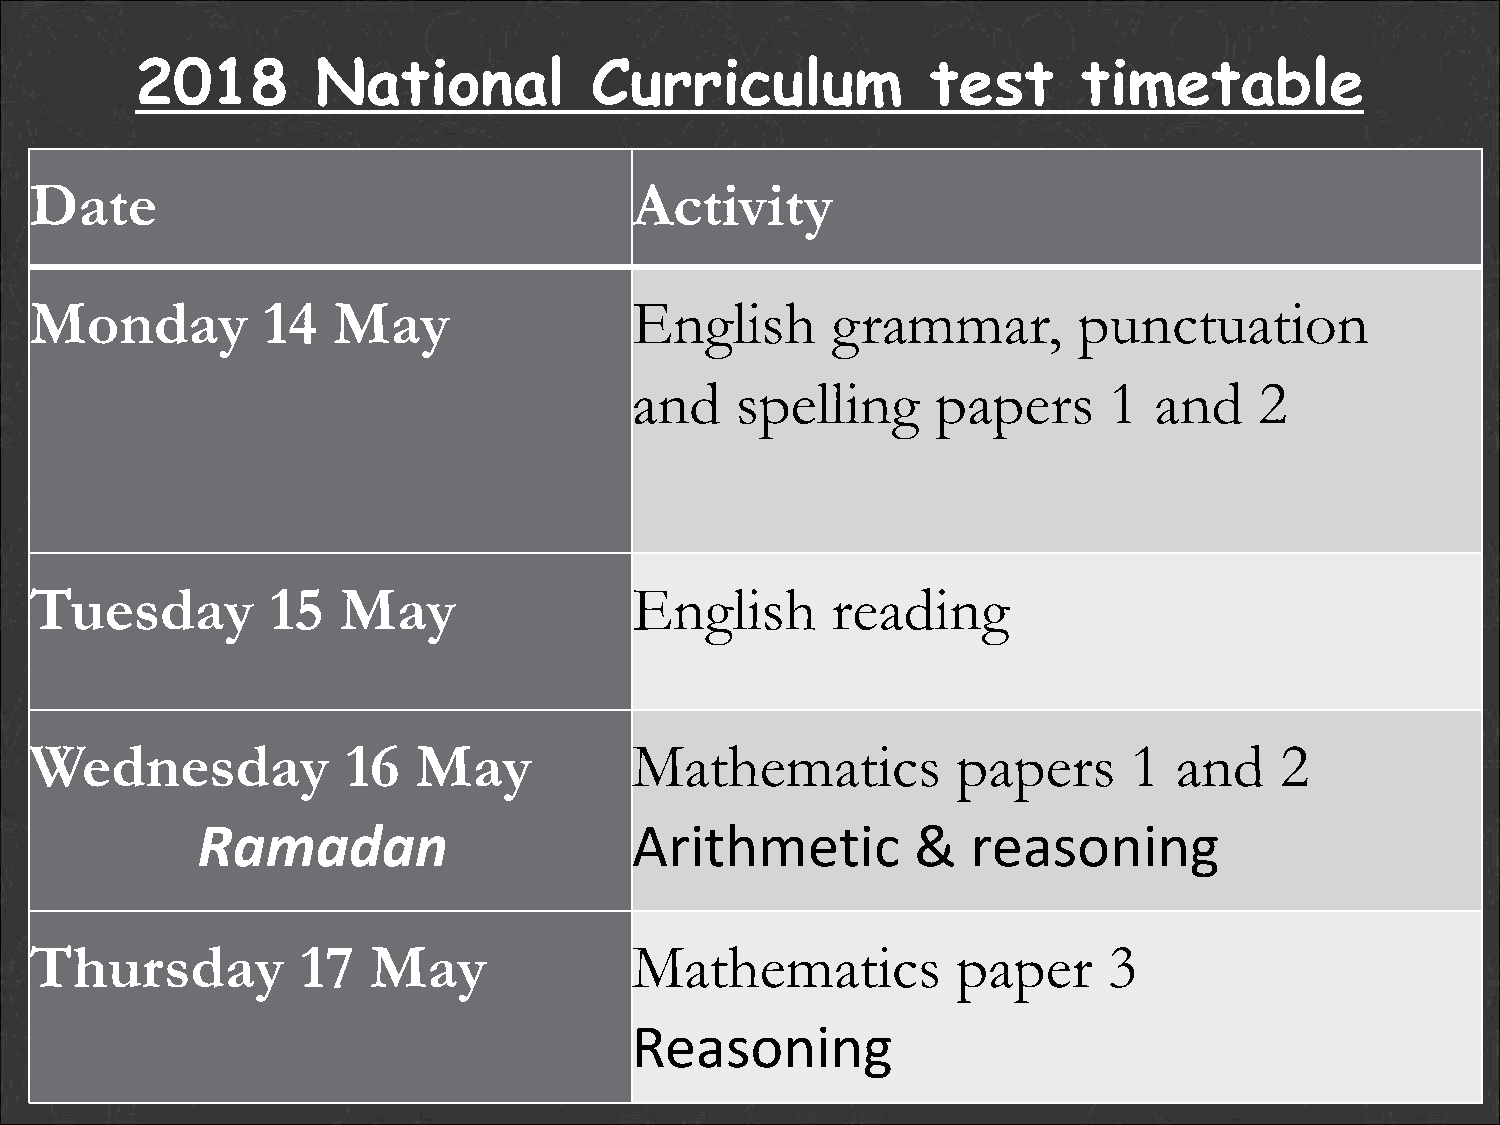
2018        National          Curriculum             test      timetable
 Date                                    Activity
 Monday         14   May                 English      grammar,        punctuation
 and    spelling     papers     1  and    2
 Tuesday         15  May                 English      reading
 Wednesday            16  May            Mathematics          papers      1  and    2
 Ramadan                      Arithmetic         &  reasoning
 Thursday          17  May               Mathematics          paper     3
 Reasoning